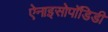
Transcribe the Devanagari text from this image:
ऐनाइसोपॉडिडी